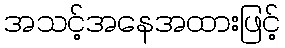
အသင့်အနေအထားဖြင့်